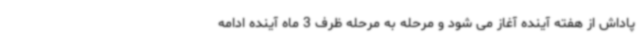
پاداش از هفته آینده آغاز می شود و مرحله به مرحله ظرف 3 ماه آینده ادامه